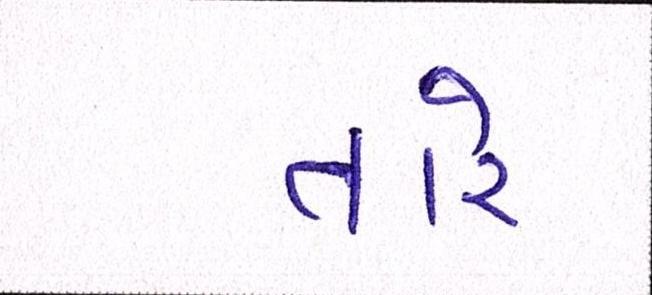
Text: તારે